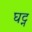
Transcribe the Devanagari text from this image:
घट्न